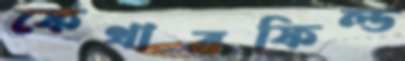
ফেথারফিল্ড